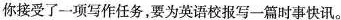
你接受了一项写作任务，要为英语校报写一篇时事快讯。